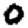
Digit: 0